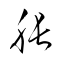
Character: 脹